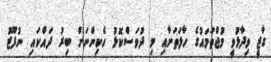
ގާޒީ ވިދާޅުވީ މުޖްތަމައުގެ ހާލަތަށާއި މި ދުވަސްކޮޅު ހެކިންނަށް ބިރު ދައްކައި ނުފޫޒު